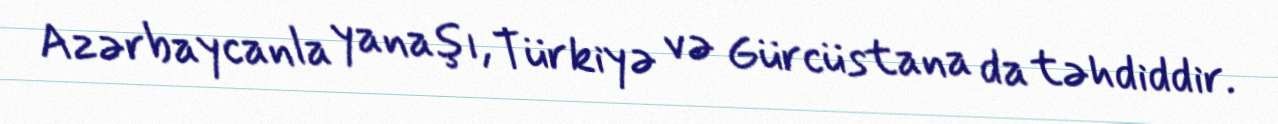
Azərbaycanla yanaşı, Türkiyə və Gürcüstana da təhdiddir.